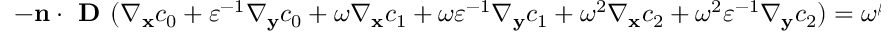
\begin{array} { r } { - \mathbf n \cdot \textbf { D } ( \nabla _ { \mathbf x } c _ { 0 } + \varepsilon ^ { - 1 } \nabla _ { \mathbf y } c _ { 0 } + \omega \nabla _ { \mathbf x } c _ { 1 } + \omega \varepsilon ^ { - 1 } \nabla _ { \mathbf y } c _ { 1 } + \omega ^ { 2 } \nabla _ { \mathbf x } c _ { 2 } + \omega ^ { 2 } \varepsilon ^ { - 1 } \nabla _ { \mathbf y } c _ { 2 } ) = \omega ^ { \beta } ( c _ { 0 } ^ { a } + a \omega c _ { 0 } ^ { a - 1 } c _ { 1 } - 1 ) . } \end{array}